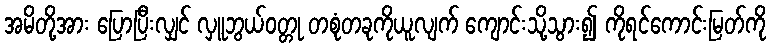
အမိတို့အား ပြောပြီးလျှင် လှူဘွယ်ဝတ္တု တစုံတခုကိုယူလျက် ကျောင်းသို့သွား၍ ကိုရင်ကောင်းမြတ်ကို